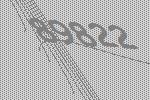
89822